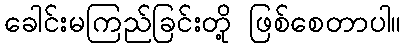
ခေါင်းမကြည်ခြင်းတို့ ဖြစ်စေတာပါ။